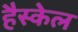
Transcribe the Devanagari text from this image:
हैस्केल